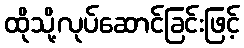
ထိုသို့လုပ်ဆောင်ခြင်းဖြင့်